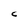
Character: C